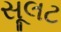
સૂલટ